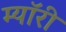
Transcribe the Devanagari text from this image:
म्यॉरी